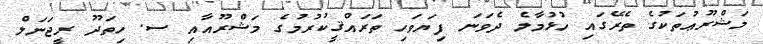
މަޝްރޫޢުތަކުގެ ތެރޭގައި ހުޅުމާލެ ދެވަނަ ފިޔަވަހި ތަރައްޤީކުރުމުގެ މަޝްރޫއާއި ސ. ހިތަދޫ ރީޖަނަލް